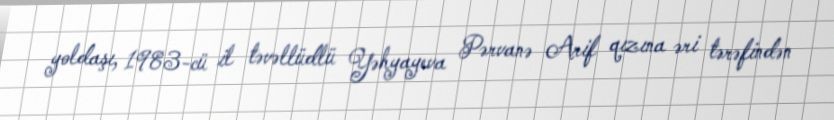
yoldaşı, 1983-cü il təvəllüdlü Yəhyayeva Pərvanə Arif qızına əri tərəfindən